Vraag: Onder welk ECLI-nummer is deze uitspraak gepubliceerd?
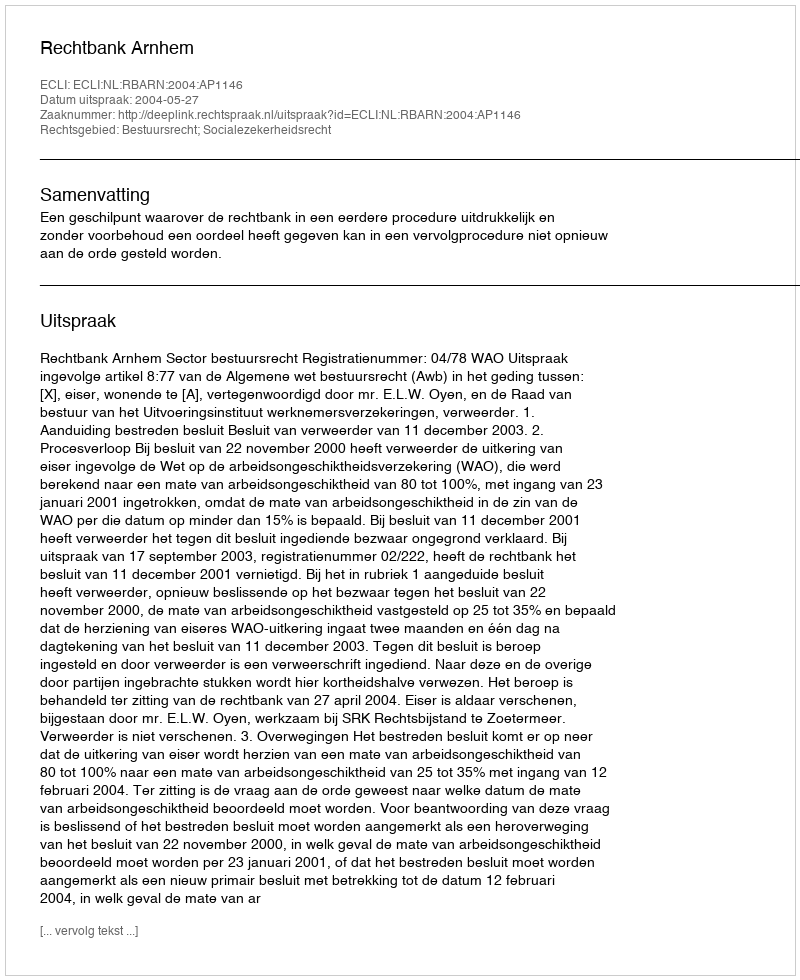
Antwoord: ECLI:NL:RBARN:2004:AP1146